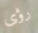
رؤى